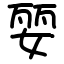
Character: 婯